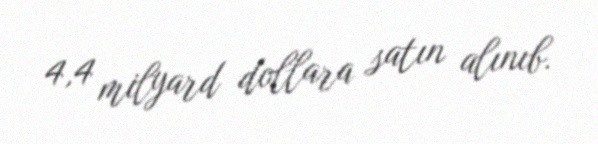
4,4 milyard dollara satın alınıb.